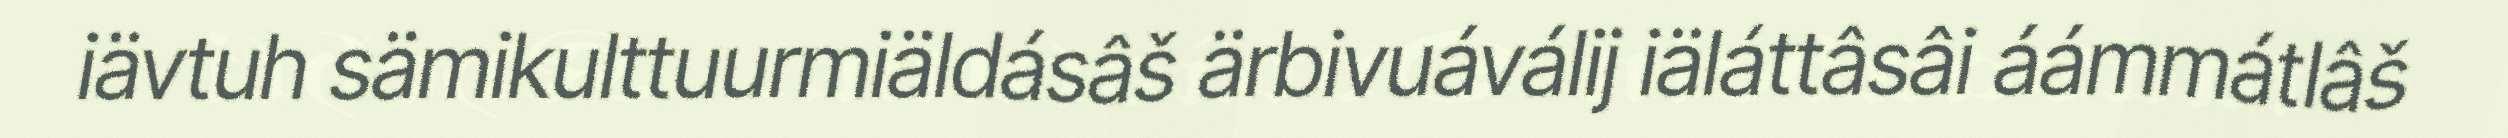
iävtuh sämikulttuurmiäldásâš ärbivuáválij iäláttâsâi áámmátlâš